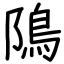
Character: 隝